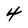
Character: 4